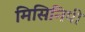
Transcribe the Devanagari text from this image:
मिसिनिपी